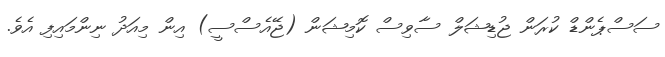
ސަސްޕެންޑް ކުރަން ޖުޑިޝަލް ސާވިސް ކޮމިޝަން (ޖޭއެސްސީ) އިން މިއަދު ނިންމައިފި އެވެ.